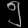
Digit: ၅